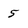
Character: 5